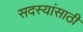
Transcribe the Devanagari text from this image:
सदस्यांसाठी